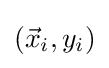
({\vec {x}}_{i},y_{i})